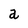
Character: a